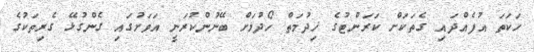
ހަކަތަ އުފެއްދައި ގެތަކަށް ކަރަންޓުގެ ޚިދުމަތް ހޯދުމަށް ބޭނުންކުރަނީ އަވަށުގައި ގެންގުޅޭ ގެރިތަކުގެ